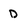
Character: D